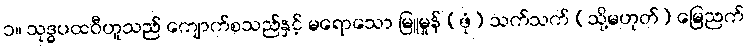
၁။ သုဒ္ဓပထဝီဟူသည် ကျောက်စသည်နှင့် မရောသော မြူမှုန် (ဖုံ) သက်သက် (သို့မဟုတ်) မြေညက်